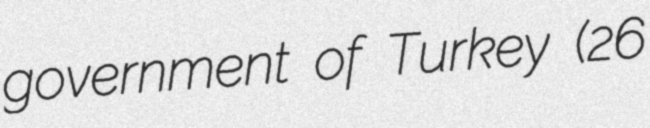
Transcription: government of Turkey (26